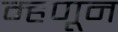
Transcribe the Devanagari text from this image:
म्हणून